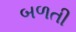
બળતી